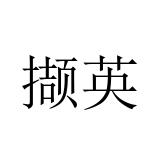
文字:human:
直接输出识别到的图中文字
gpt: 撷英